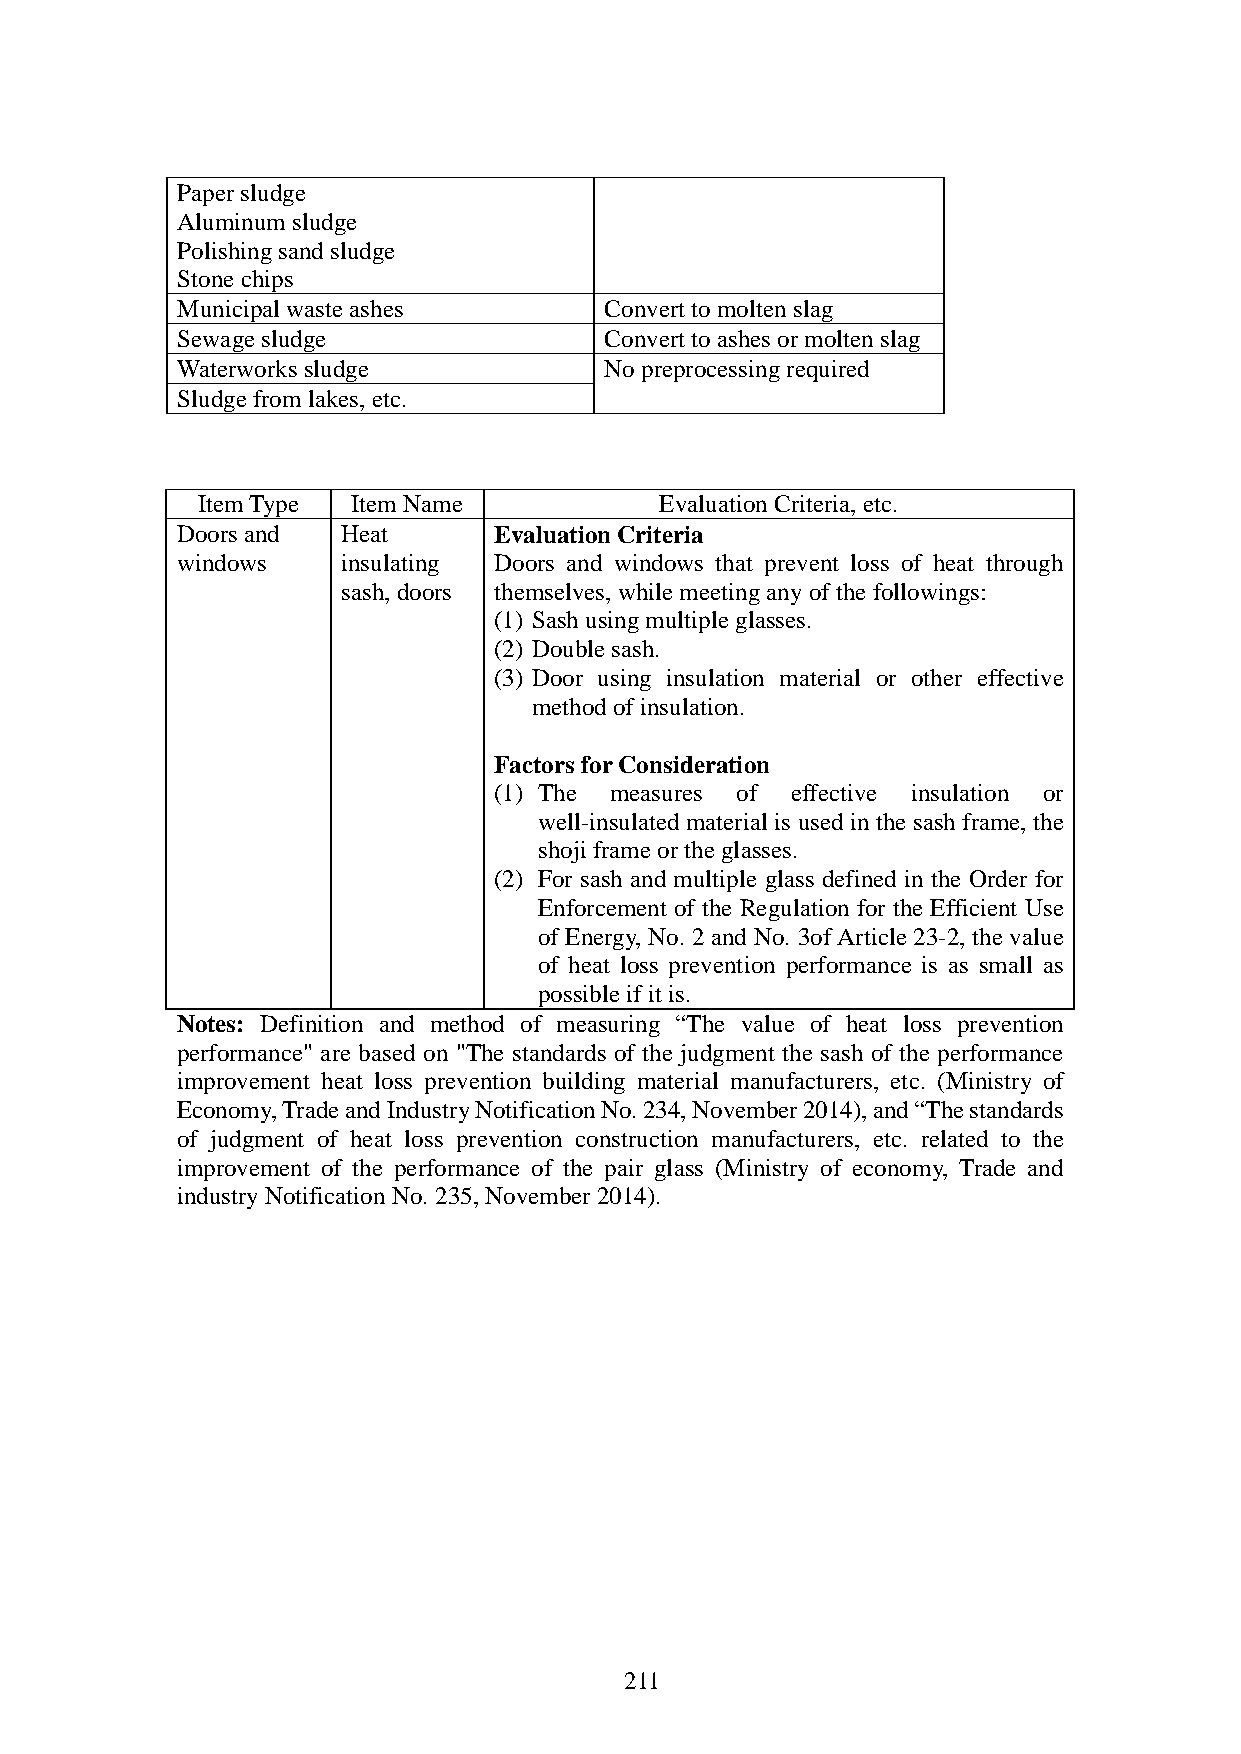
Paper sludge
 Aluminum sludge
 Polishing sand sludge
 Stone chips
 Municipal waste ashes       Convert to molten slag
 Sewage sludge               Convert to ashes or molten slag
 Waterworks sludge           No preprocessing required
 Sludge from lakes, etc.
 Item Type Item Name            Evaluation Criteria, etc.
 Doors and  Heat      Evaluation Criteria
 windows    insulating Doors and windows that prevent loss of heat through
 sash, doors themselves, while meeting any of the followings:
 (1) Sash using multiple glasses.
 (2) Double sash.
 (3) Door using insulation material or other effective
 method of insulation.
 Factors for Consideration
 (1) The measures of effective insulation or
 well-insulated material is used in the sash frame, the
 shoji frame or the glasses.
 (2) For sash and multiple glass defined in the Order for
 Enforcement of the Regulation for the Efficient Use
 of Energy, No. 2 and No. 3of Article 23-2, the value
 of heat loss prevention performance is as small as
 possible if it is.
 Notes: Definition and method of measuring “The value of heat loss prevention
 performance" are based on "The standards of the judgment the sash of the performance
 improvement heat loss prevention building material manufacturers, etc. (Ministry of
 Economy, Trade and Industry Notification No. 234, November 2014), and “The standards
 of judgment of heat loss prevention construction manufacturers, etc. related to the
 improvement of the performance of the pair glass (Ministry of economy, Trade and
 industry Notification No. 235, November 2014).
 211